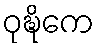
ဝုဍ္ဎိကေ